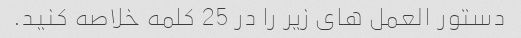
دستور العمل های زیر را در 25 کلمه خلاصه کنید.